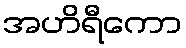
အဟိရီကော